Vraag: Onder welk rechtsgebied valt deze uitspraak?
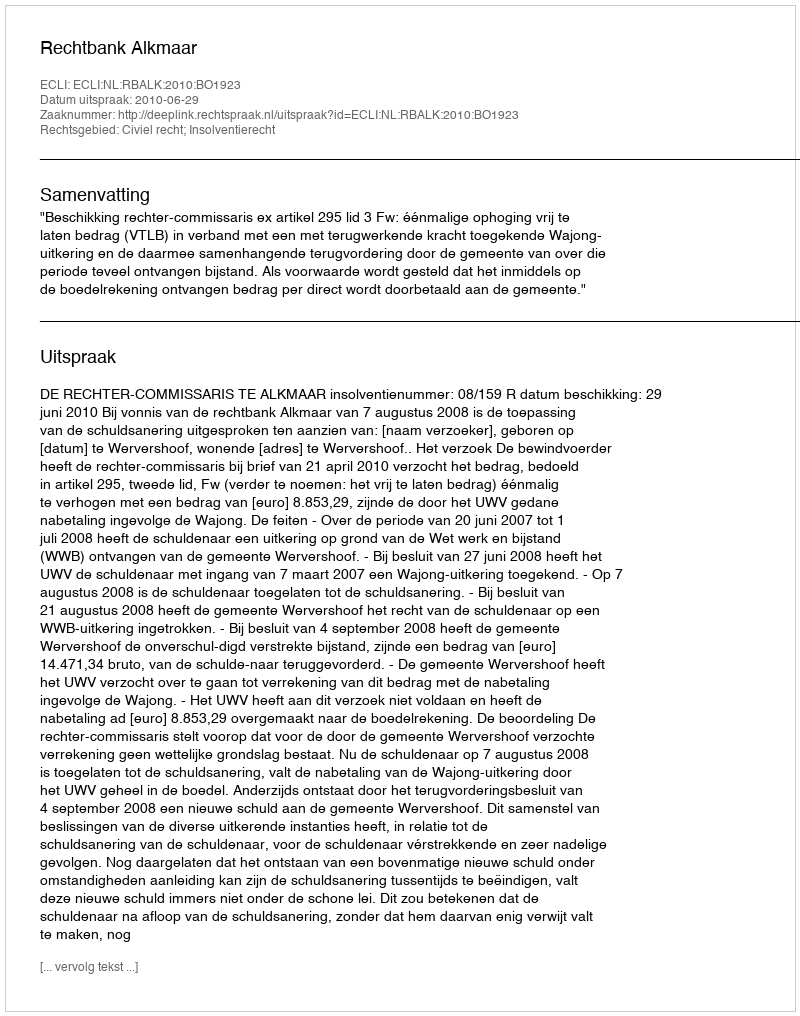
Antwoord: Civiel recht; Insolventierecht